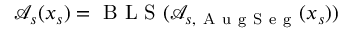
\mathcal { A } _ { s } ( x _ { s } ) = \mathrm { ~ B ~ L ~ S ~ } ( \mathcal { A } _ { s , \mathrm { ~ A ~ u ~ g ~ S ~ e ~ g ~ } } ( x _ { s } ) )